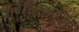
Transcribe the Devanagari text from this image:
पुर्नचिकित्सा